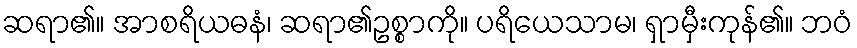
ဆရာ၏။ အာစရိယဓနံ၊ ဆရာ၏ဥစ္စာကို။ ပရိယေသာမ၊ ရှာမှီးကုန်၏။ ဘဝံ